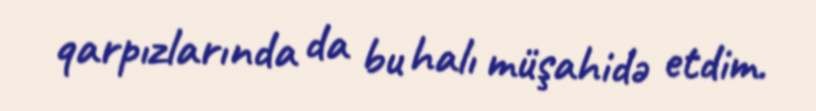
qarpızlarında da bu halı müşahidə etdim.